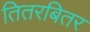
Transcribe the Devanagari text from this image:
तितरबितर